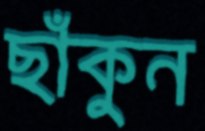
ছাঁকুন